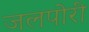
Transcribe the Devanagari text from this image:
जलपोरी